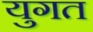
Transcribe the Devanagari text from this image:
युगत